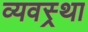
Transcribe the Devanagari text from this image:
व्यवस्र्था